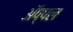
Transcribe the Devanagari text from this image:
ॲप्पल